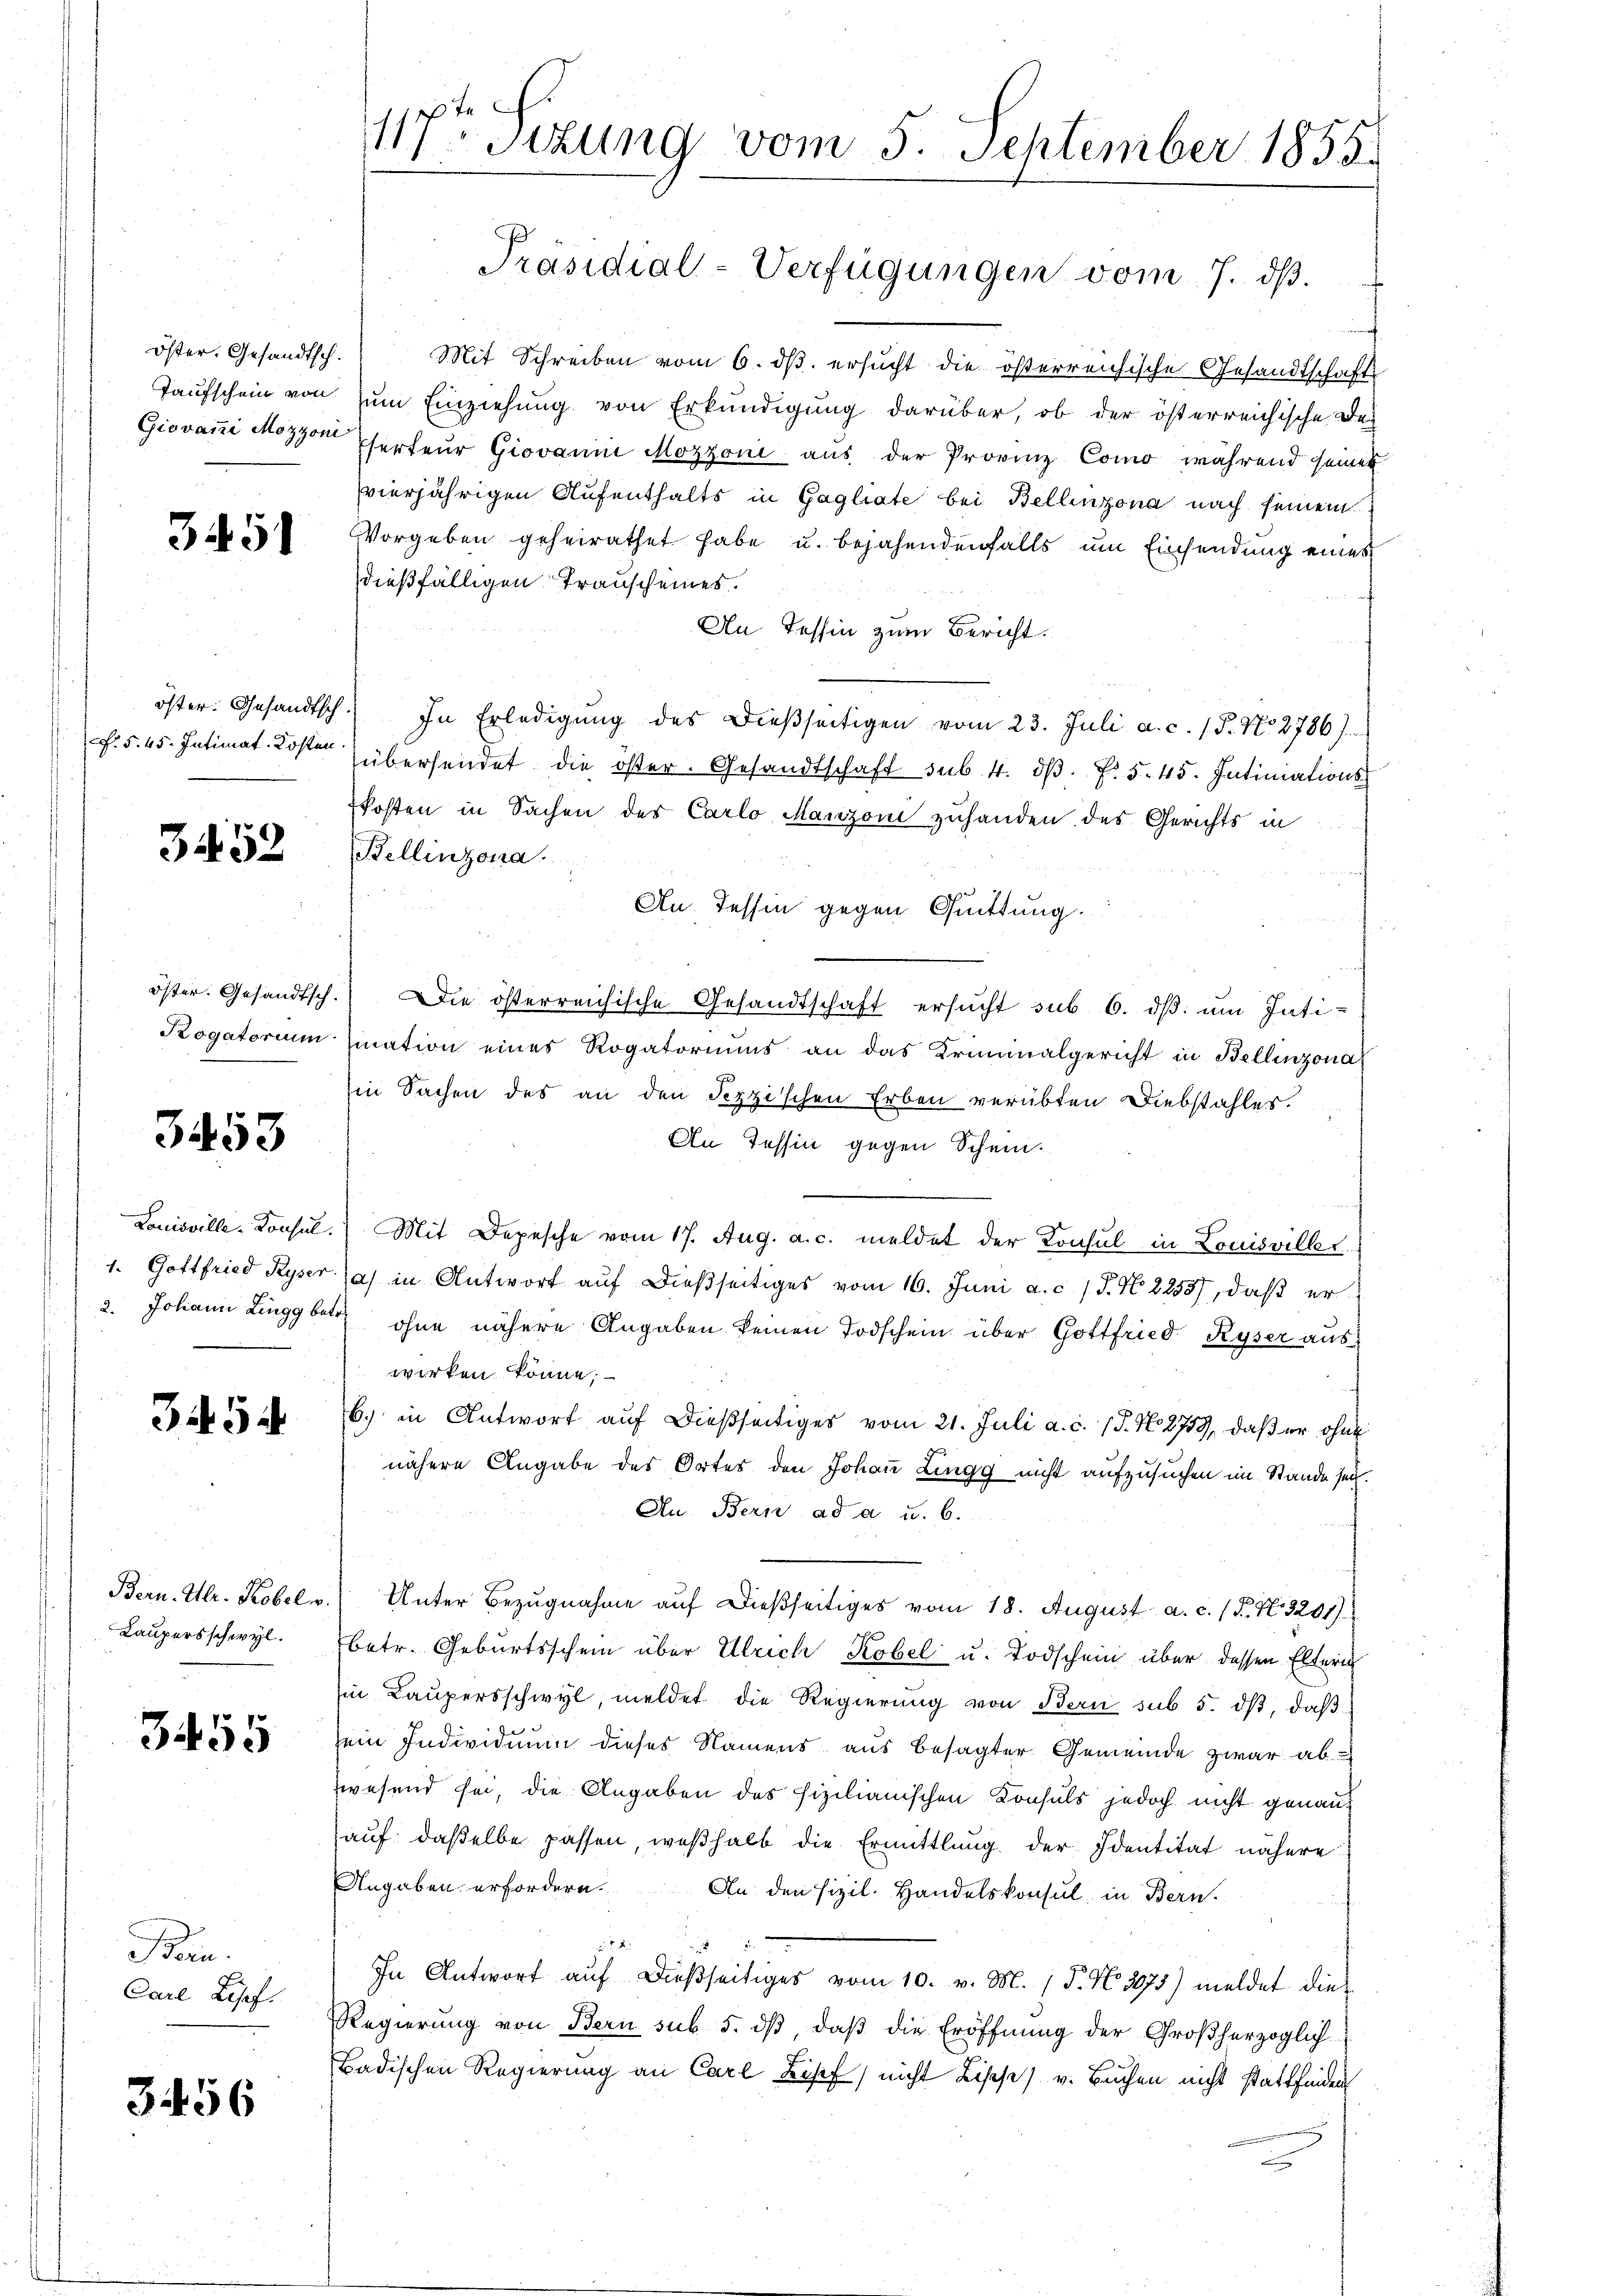
3451

öster: Gesandtsch

3452

öster. Gesandtsch.
Progatorium

3453

Louisville-Konsul
1. Gottfried Ryser.
2. Johann Zingg betr

3454

Bern. Ulr. Kobel v.
Laupersschwyl.

3455

Bern.
Carl Losef.

3456

117ten Sizung vom 5. September 1855.

öster. Gesandtsch. Mit Schreiben vom 6. dβ ersucht die österreichische Gesandtschaft
Taufschein von zum Einziehung von Erkundigung darüber, ob der österreichische De¬
Giovani Mozzon Thurteur Giovanin Mozzoni aus der Provinz Como während seiner
vierjährigen Aufenthalts in Gagliate bei Bellinzona nach seinem
Vorgeben geheirathet habe u. bejahendenfalls um Einsendung eines
dießfälligen Trauscheines.
An Tessin zum Bericht.
In Erledigung des dießseitigen vom 23. Juli a. c. 15. No 2786).
. 545. Intimat Kosten übersendet die öster. Gesandtschaft sub. 4. dβ. f. 545. Intimations
kosten in Sachen des Carlo Manzoni zuhanden des Gerichts in
Bellinzona.
An Tessin gegen Quittung.
Die österreichische Gesandtschaft ersucht sub 6. dβ um Intisiation eines Rogatoriums an das Kriminalgericht in Bellinzona
in Sachen des an den Pizzischen Erben verübten Diebstahles.
An Tessin gegen Schen.
Mit Depesche vom 17. Aug. a. c. meldet der Konsul in Louisviller
a) in Antwort auf dießseitiges vom 16. Juni a.c. (T. N. 2258), daß er
7 ohne nähere Angaben keinen Todschein über Gottfried Ryser auswirken könne;
b. in Antwort aŭf dießseitiges vom 21. Juli a. c. J. N. 2759, daβ er ohne
nähere Angabe des Ortes den Johan Zingg nicht aufzusuchen im Stande sei.
An Bern ad a. u. 6.
Unter Bezugnahme auf dießseitiges vom 18. August a. c. (T. S. 3201)
betr. Geburtsschein über Ulrich Kobel u. Todschein über dessen Eltern
Ein Laupersschwyl, meldet die Regierung von Bern sub 5. dβ, daß
sein Individium dieses Namens aus besagter Gemeinde zwar ab
wesend sei, die Angaben des fizilianischen Konsuls jedoch nicht genannauf: daßelbe passen, weßhalb die Ermittlung der Identitat nähere
Angaben erfordern.
An den fizil. Handelskonsul in Bern.
In Antwort auf dießseitiges vom 10. v. M. 1 P. N. 3073) meldet die
Regierung von Bern sub 5. dß, daß die Eröffnung der Großherzoglich
Badischen Regierung an Carl Bisef) nicht Lische) v. Buchen nicht stattfinden

Präsidial-Verfügungen vom 7. ds.